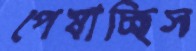
পেষাচ্ছিস